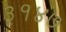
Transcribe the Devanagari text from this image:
३१४७